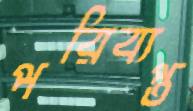
পরিব্যপ্ত